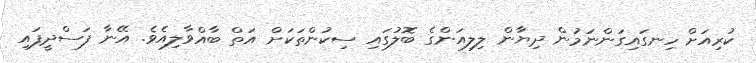
ކުރިއަށް ހިނގައިގަންނަމުން ދިޔާން ލިލިއަންގެ ބޮލުގައި ސިކުންތަަކަށް އަތް ބާއްވާލިއެވެ. އޭނާ ފަސްދީފައި